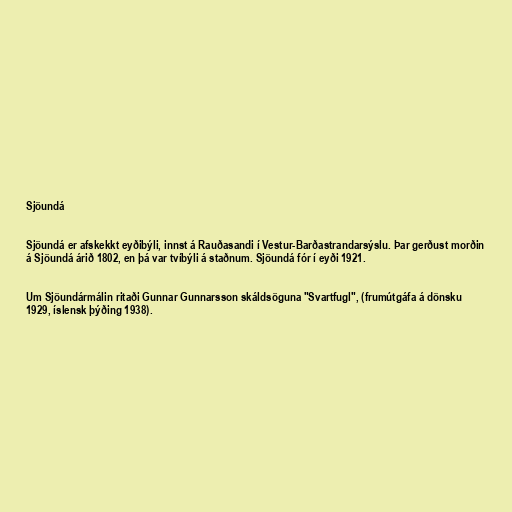
Sjöundá

Sjöundá er afskekkt eyðibýli, innst á Rauðasandi í Vestur-Barðastrandarsýslu. Þar gerðust morðin
á Sjöundá árið 1802, en þá var tvíbýli á staðnum. Sjöundá fór í eyði 1921.

Um Sjöundármálin ritaði Gunnar Gunnarsson skáldsöguna "Svartfugl", (frumútgáfa á dönsku
1929, íslensk þýðing 1938).